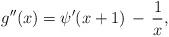
LaTeX: \begin{align*}g''(x) = \psi'(x+1) \,-\, \frac{1}{x},\end{align*}